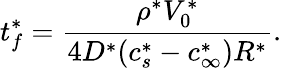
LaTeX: t_{f}^{*}=\frac{\rho^{*}V_{0}^{*}}{4D^{*}(c_{s}^{*}-c_{\infty}^{*})R^{*}}.